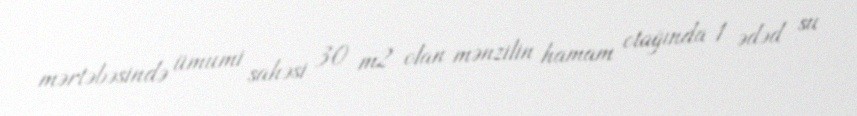
mərtəbəsində ümumi sahəsi 30 m2 olan mənzilin hamam otağında 1 ədəd su